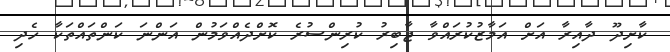
ކާށިދޫ ދާއިރާ އަށް އަމާޒުކުރައްވާ ޖާބިރު ކުރިންސުރެ ކޮށްދެއްވަމުން އަންނަ ކަންތައްތަކާ ހެދި